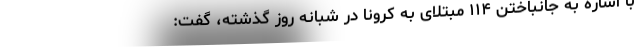
با اشاره به جانباختن ۱۱۴ مبتلای به کرونا در شبانه روز گذشته، گفت: